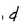
Character: d